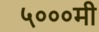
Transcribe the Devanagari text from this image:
५०००मी